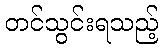
တင်သွင်းရသည့်